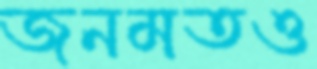
জনমতও